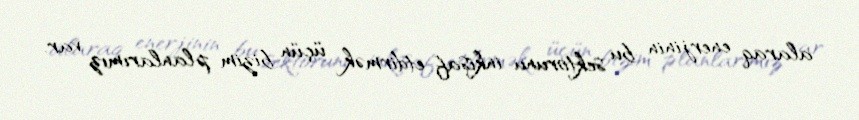
alaraq enerjinin bu sektorunu inkişaf etdirmək üçün bizim planlarımız var.